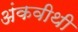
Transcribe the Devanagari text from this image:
अंकवीथी